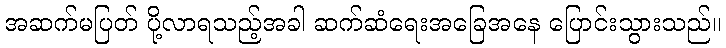
အဆက်မပြတ် ပို့လာရသည့်အခါ ဆက်ဆံရေးအခြေအနေ ပြောင်းသွားသည်။